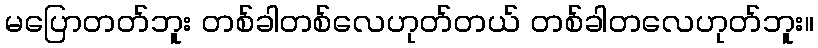
မပြောတတ်ဘူး တစ်ခါတစ်လေဟုတ်တယ် တစ်ခါတလေဟုတ်ဘူး။